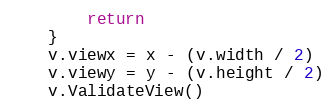
Language: Go
		return
	}
	v.viewx = x - (v.width / 2)
	v.viewy = y - (v.height / 2)
	v.ValidateView()